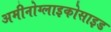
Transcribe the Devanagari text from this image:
अमीनोग्लाइकोसाइड